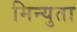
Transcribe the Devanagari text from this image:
मिन्युता